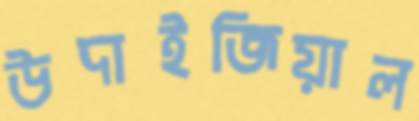
উদাইজিয়াল